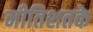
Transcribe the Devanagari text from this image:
नीतिशतके